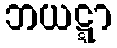
ဘယဋ္ဋာ